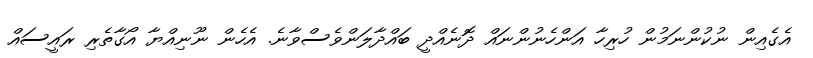
އެގެއިން ނުކުންނަމުން ހުރިހާ އަންހެނުންނައް ދޮނެއްދީ ބައްދާލަންވެސްވާނެ. އެހެން ނޫނިއްޔާ އޯގާތެރި ރައީސައް